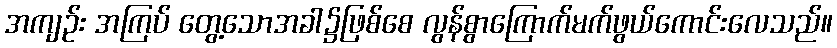
အကျဉ်း အကြပ် တွေ့သောအခါ၌ဖြစ်စေ လွန်စွာကြောက်မက်ဖွယ်ကောင်းလေသည်။